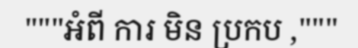
"""ឣំពី ការ មិន ប្រកប ,"""